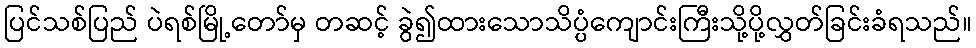
ပြင်သစ်ပြည် ပဲရစ်မြို့တော်မှ တဆင့် ခွဲ၍ထားသောသိပ္ပံကျောင်းကြီးသို့ပို့လွှတ်ခြင်းခံရသည်။